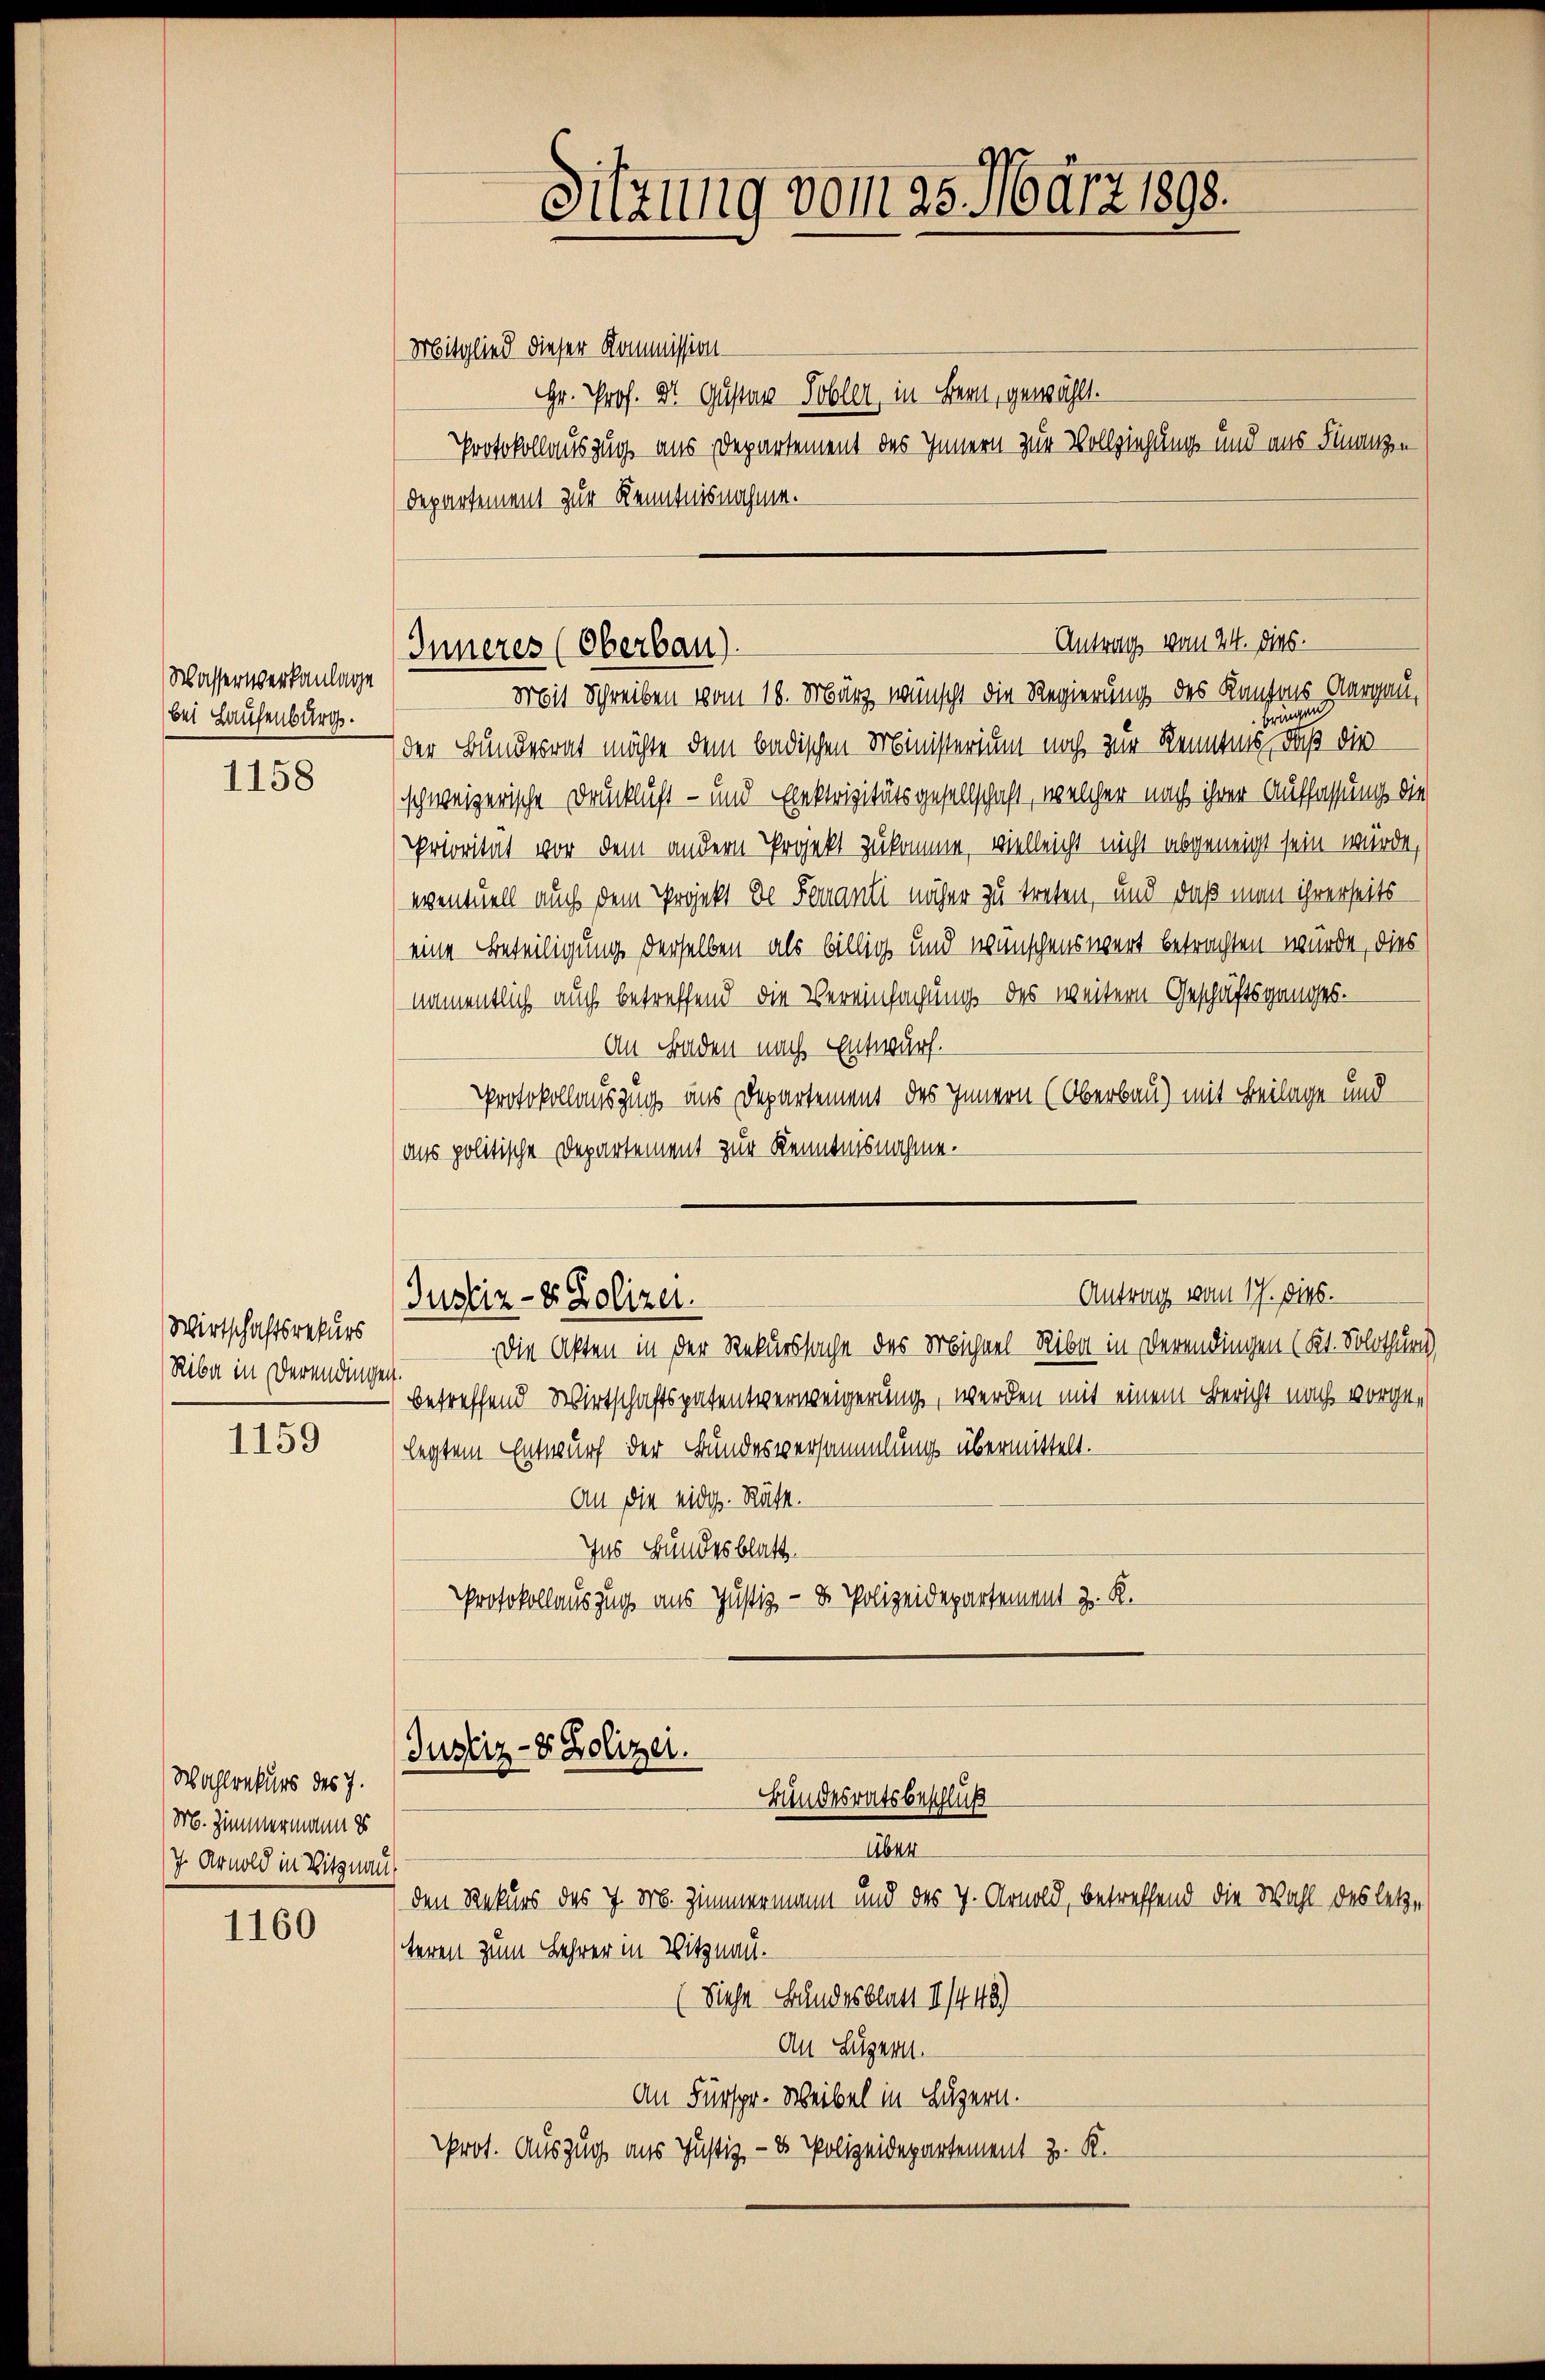
Wassernerkanlage
bei Hausenburg.

1158

Wirtschaftsrekurs
Ribe in derendingen.

1159

Wahlrekurs des 7.
M. Zimmermann es
J. Arnold in Vitznau

1160

Sitzung vom 25. März 1898.

Antrag vom 24. dies.
Inneres (Oberbau).

Mitglied dieser Kommission
Gr. Prof. Dr. Gustav Tobler, in Bern, gewählt.
Protokollauszug aus Departement des Innern zur Vollziehungs und aus Finanzen
Departement zur Kenntnisnahme.
Mit Schreiben vom 16. März wünscht die Regierung des Kantons Aargau,
bring
der Bundesrat möchte dem badischen Ministerium noch zur Kenntens, daß die
(schweizerische Drucklicht- und Exektrizitätsgesellschaft, welcher nach ihrer Auffassung die
Priorität vor dem andern Projekt zukomme, vielleicht nicht abgeneigt sein würde,
eventuell auch dem Projekt de Feuanti näher zu treten, und daß man ihrerseits
eine Beteiligung derselben als billig und wünschenswert betrachten würde, dies
namentlich auch betreffend die Vereinsagung des weitern Geschäftsganges.
An Baden nach Entwurf.
Protokollauszug aus Departement des Innern (Oberbau) mit Beilage und
ans politische Departement zur Kenntnisnahme.

Antrag vom 17. dies.
Justiz- & Polizei.

Die Akten in der Rekurssache des Michael Riba in Verandingen (Kt. Solothurn,
betreffend Wirtschaftspatentverweigerung, werden mit einem Bericht nach vorgelegtem Entwurf der Bundesversammlung übermittelt.
An die eidg. Räthe.
Ins Hundesblatt.
Protokollauszug aus Justiz- & Polizeidepartement z. K.

Justiz- & Polizei.
Bundesratsbeschluß
Über

den Rekurs des 7. Mr. Zimmermann und des 7. Arnold, betreffend die Wahl des letzteren zum Lehrer in Vitznau.
Diese Bundesblatt 1/445)
An Luzern.
An Fürspr. Weibel in Luzern.
prot. Auszug aus Justiz, - es Polizeidepartement z. K.